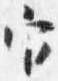
官